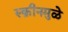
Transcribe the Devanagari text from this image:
स्क्रीनमुळे